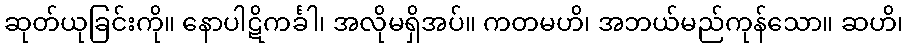
ဆုတ်ယုခြင်းကို။ နောပါဋိကင်္ခါ၊ အလိုမရှိအပ်။ ကတမဟိ၊ အဘယ်မည်ကုန်သော။ ဆဟိ၊